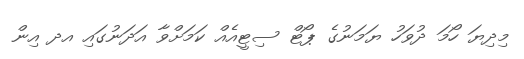
މިދިޔަ ހޯމަ ދުވަހު ޔަމަނުގެ ޕޯޓް ސިޓީއެއް ކަމަަށްވާ އަދަނުގައި އދ އިން